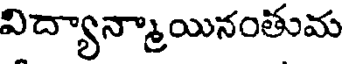
విద్యాన్మాయినంతుమ